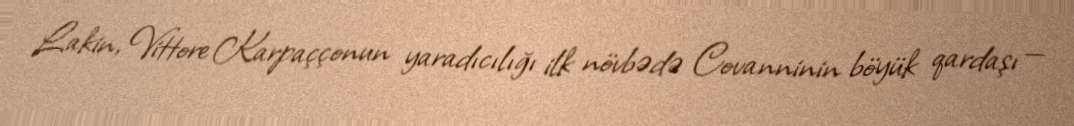
Lakin, Vittore Karpaççonun yaradıcılığı ilk növbədə Covanninin böyük qardaşı —